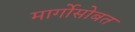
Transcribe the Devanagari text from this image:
मार्गोसोबत